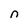
Character: n